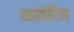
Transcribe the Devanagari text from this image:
कालैटिन